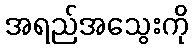
အရည်အသွေးကို